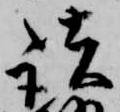
諸